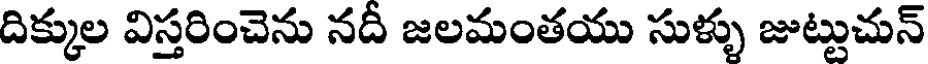
దిక్కుల విస్తరించెను నదీ జలమంతయు సుళ్ళు జుట్టుచున్